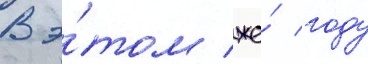
В э́том же́ году